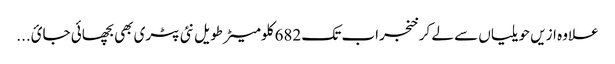
علاوہ ازیں حویلیاں سے لے کر خنجراب تک 682 کلومیٹر طویل نئی پٹری بھی بچھائی جائ...